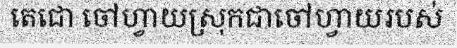
តេជោ ចៅហ្វាយស្រុកជាចៅហ្វាយរបស់